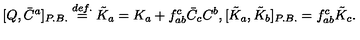
[ Q , \bar { C } ^ { a } ] _ { P . B . } \stackrel { d e f . } { = } \tilde { K } _ { a } = K _ { a } + f _ { a b } ^ { c } \bar { C } _ { c } C ^ { b } , [ \tilde { K } _ { a } , \tilde { K } _ { b } ] _ { P . B . } = f _ { a b } ^ { c } \tilde { K } _ { c } .